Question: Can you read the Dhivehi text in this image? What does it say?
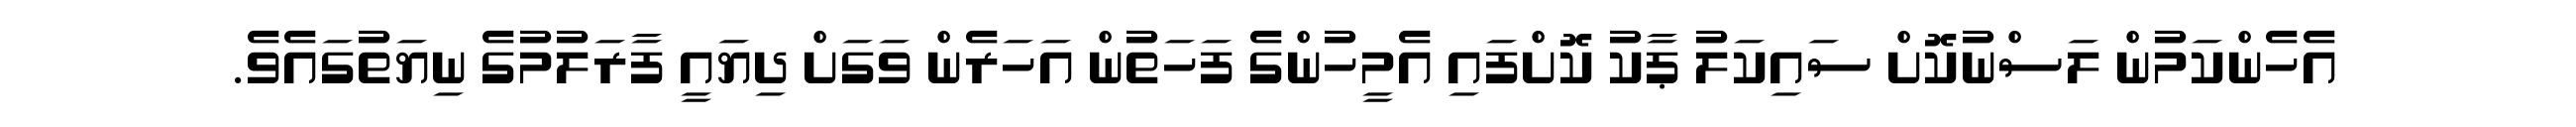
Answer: އެހެންކަމުން ލަސްނުކޮށް ސައިކަލު ޕާކު ކޮށްފައި އެމީހުންގެ ފަހަތުން އަހަރެން ވަގަށް ދިޔައީ ފާރަލުމުގެ ނިޔަތުގައެވެ.